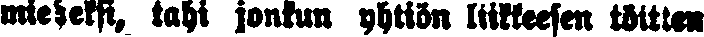
mieheksi, tahi jonkun yhtiön liikkeeseen töitten